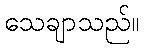
သေချာသည်။